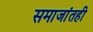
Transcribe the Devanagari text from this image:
समाजांतही